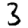
Digit: 3